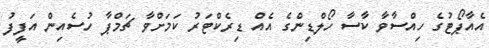
އެއާޕޯޓުގެ ހިއްސާވާ ކާސާ ހޯލްޑިންގެ އެއް ޑިރެކްޓަރު ކަމަށްވާ ޗަމްޕާ ހުސެއިން އަފީފު